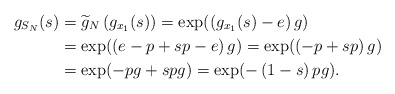
\begin{align*}g_{S_{N}}(s) & =\widetilde{g}_{N}\left( g_{x_{1}}(s)\right) =\exp(\left(g_{x_{1}}(s)-e\right) g)\\& =\exp(\left( e-p+sp-e\right) g)=\exp(\left( -p+sp\right) g)\\& =\exp(-pg+spg)=\exp(-\left( 1-s\right) pg).\end{align*}